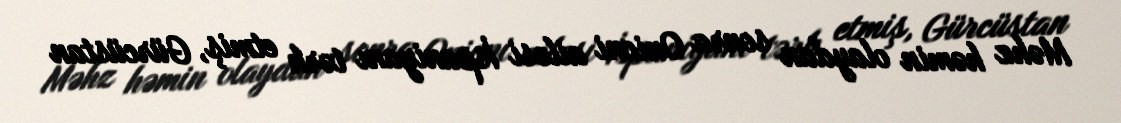
Məhz həmin olaydan sonra Onioni ailəsi İspaniyanı tərk etmiş, Gürcüstan